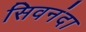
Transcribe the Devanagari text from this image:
सिवनंदा